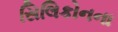
સિલિકોનના